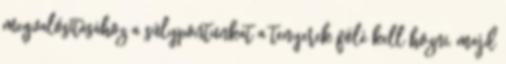
megvalósításához a súlypontunkat a tenyerek fölé kell hozni, majd